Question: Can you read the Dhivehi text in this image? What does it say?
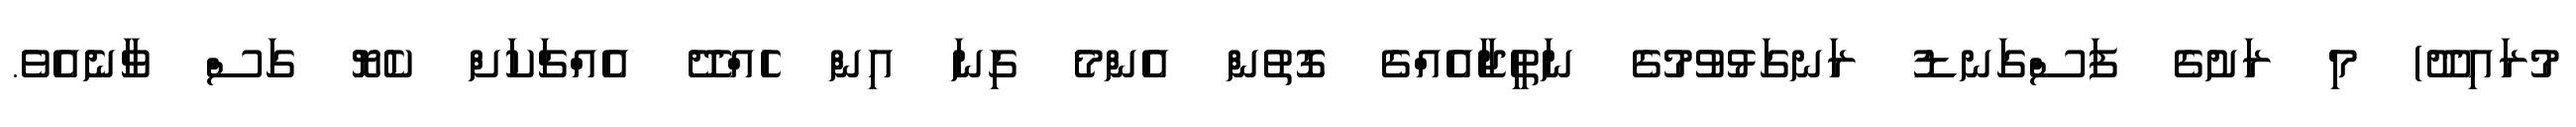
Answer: މުރައިދޫ) މި ރަށުގެ ފަސްގަނޑު ރަނގަޅުވުމުގެ ނަތީޖާއެއްގެ ގޮތުން އެންމެ ގިނަ އިން ހެއްދޭ އެއްޗަކަށް ކެޔޮ ގަސް ވާނެއެވެ.